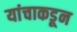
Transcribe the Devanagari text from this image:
यांचाकडून